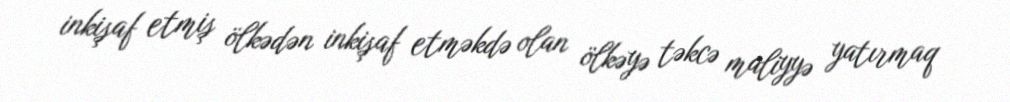
inkişaf etmiş ölkədən inkişaf etməkdə olan ölkəyə təkcə maliyyə yatırmaq